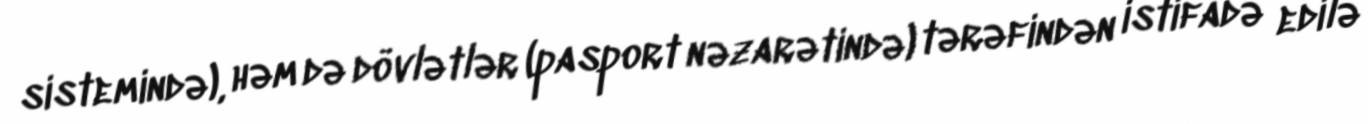
sistemində), həm də dövlətlər (pasport nəzarətində) tərəfindən istifadə edilə